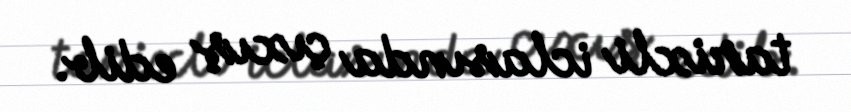
tarixli iclasında çıxış edib.